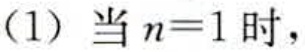
（1）当\(n = 1\)时，